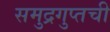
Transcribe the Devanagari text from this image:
समुद्रगुप्तची